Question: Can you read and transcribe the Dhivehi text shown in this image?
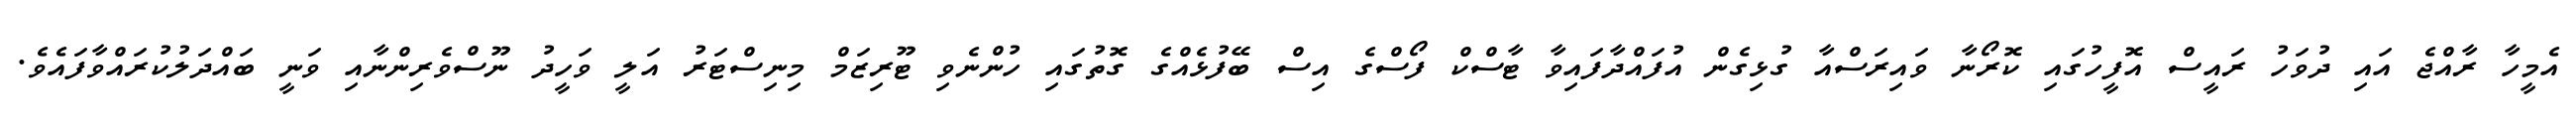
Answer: އެމީހާ ރާއްޖެ އައި ދުވަހު ރައީސް އޮފީހުގައި ކޮރޯނާ ވައިރަސްއާ ގުޅިގެން އުފައްދާފައިވާ ޓާސްކް ފޯސްގެ އިސް ބޭފުޅެއްގެ ގޮތުގައި ހުންނެވި ޓޫރިޒަމް މިނިސްޓަރު އަލީ ވަހީދު ނޫސްވެރިންނާއި ވަނީ ބައްދަލުކުރައްވާފައެވެ.